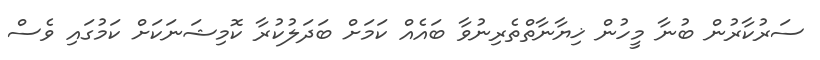
ސަރުކާރުން ބުނާ މީހުން ޚިޔާނާތްތެރިނުވާ ބައެއް ކަމަށް ބަދަލުކުރާ ކޮމިޝަނަކަށް ކަމުގައި ވެސް